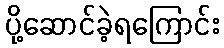
ပို့ဆောင်ခဲ့ရကြောင်း